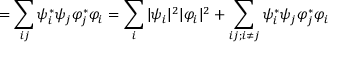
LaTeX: = \sum _ { i j } \psi _ { i } ^ { * } \psi _ { j } \varphi _ { j } ^ { * } \varphi _ { i } = \sum _ { i } | \psi _ { i } | ^ { 2 } | \varphi _ { i } | ^ { 2 } + \sum _ { i j ; i \neq j } \psi _ { i } ^ { * } \psi _ { j } \varphi _ { j } ^ { * } \varphi _ { i }